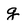
Character: g